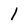
Character: 1